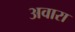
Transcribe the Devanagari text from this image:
अवारा